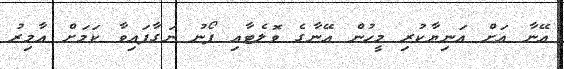
އޭނާ އަށް އަނިޔާކުރި މީހުން އޭނާގެ ވޮލެޓާއި ފޯނު ނަގާފައިވާ ކަމަށް އާމިރު